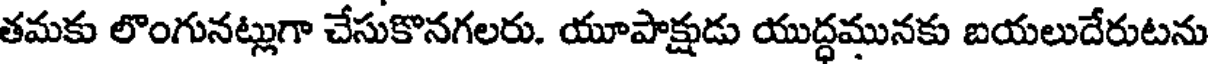
తమకు లొంగునట్లుగా చేసుకొనగలరు. యూపాక్షుడు యుద్ధమునకు బయలుదేరుటను